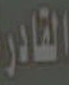
القادر